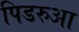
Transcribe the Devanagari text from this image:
पिडरुआ